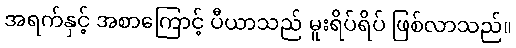
အရက်နှင့် အစာကြောင့် ပီယာသည် မူးရိပ်ရိပ် ဖြစ်လာသည်။